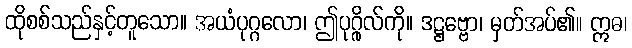
ထိုစစ်သည်နှင့်တူသော။ အယံပုဂ္ဂလော၊ ဤပုဂ္ဂိုလ်ကို။ ဒဋ္ဌဗ္ဗော၊ မှတ်အပ်၏။ ဣဓ၊